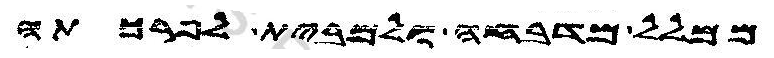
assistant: ממלל מדבחה ולמבית לפרכתה